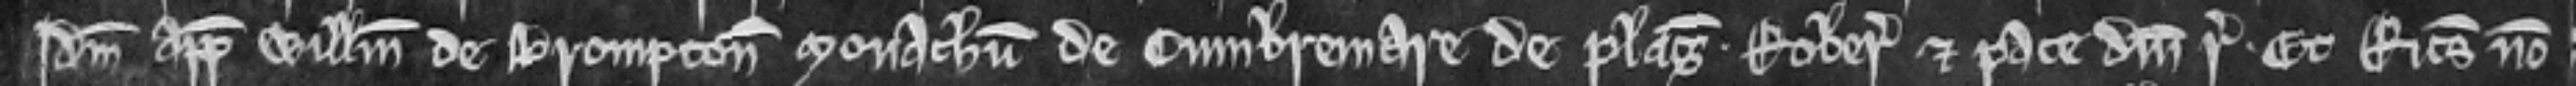
Idem appellavit Willelmum de Brompton monachum de Cumbremare de plagis. Roberia et pace domini regis. Et Ricardus non